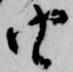
由